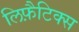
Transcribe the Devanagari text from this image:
लिफ़ैटिक्स